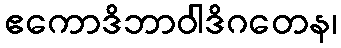
ဧကောဒိဘာဝါဒိဂတေန၊